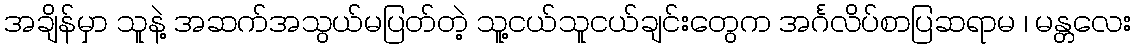
အချိန်မှာ သူနဲ့ အဆက်အသွယ်မပြတ်တဲ့ သူ့ငယ်သူငယ်ချင်းတွေက အင်္ဂလိပ်စာပြဆရာမ ၊ မန္တလေး